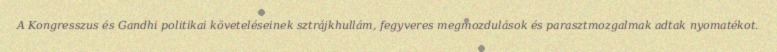
A Kongresszus és Gandhi politikai követeléseinek sztrájkhullám, fegyveres megmozdulások és parasztmozgalmak adtak nyomatékot.